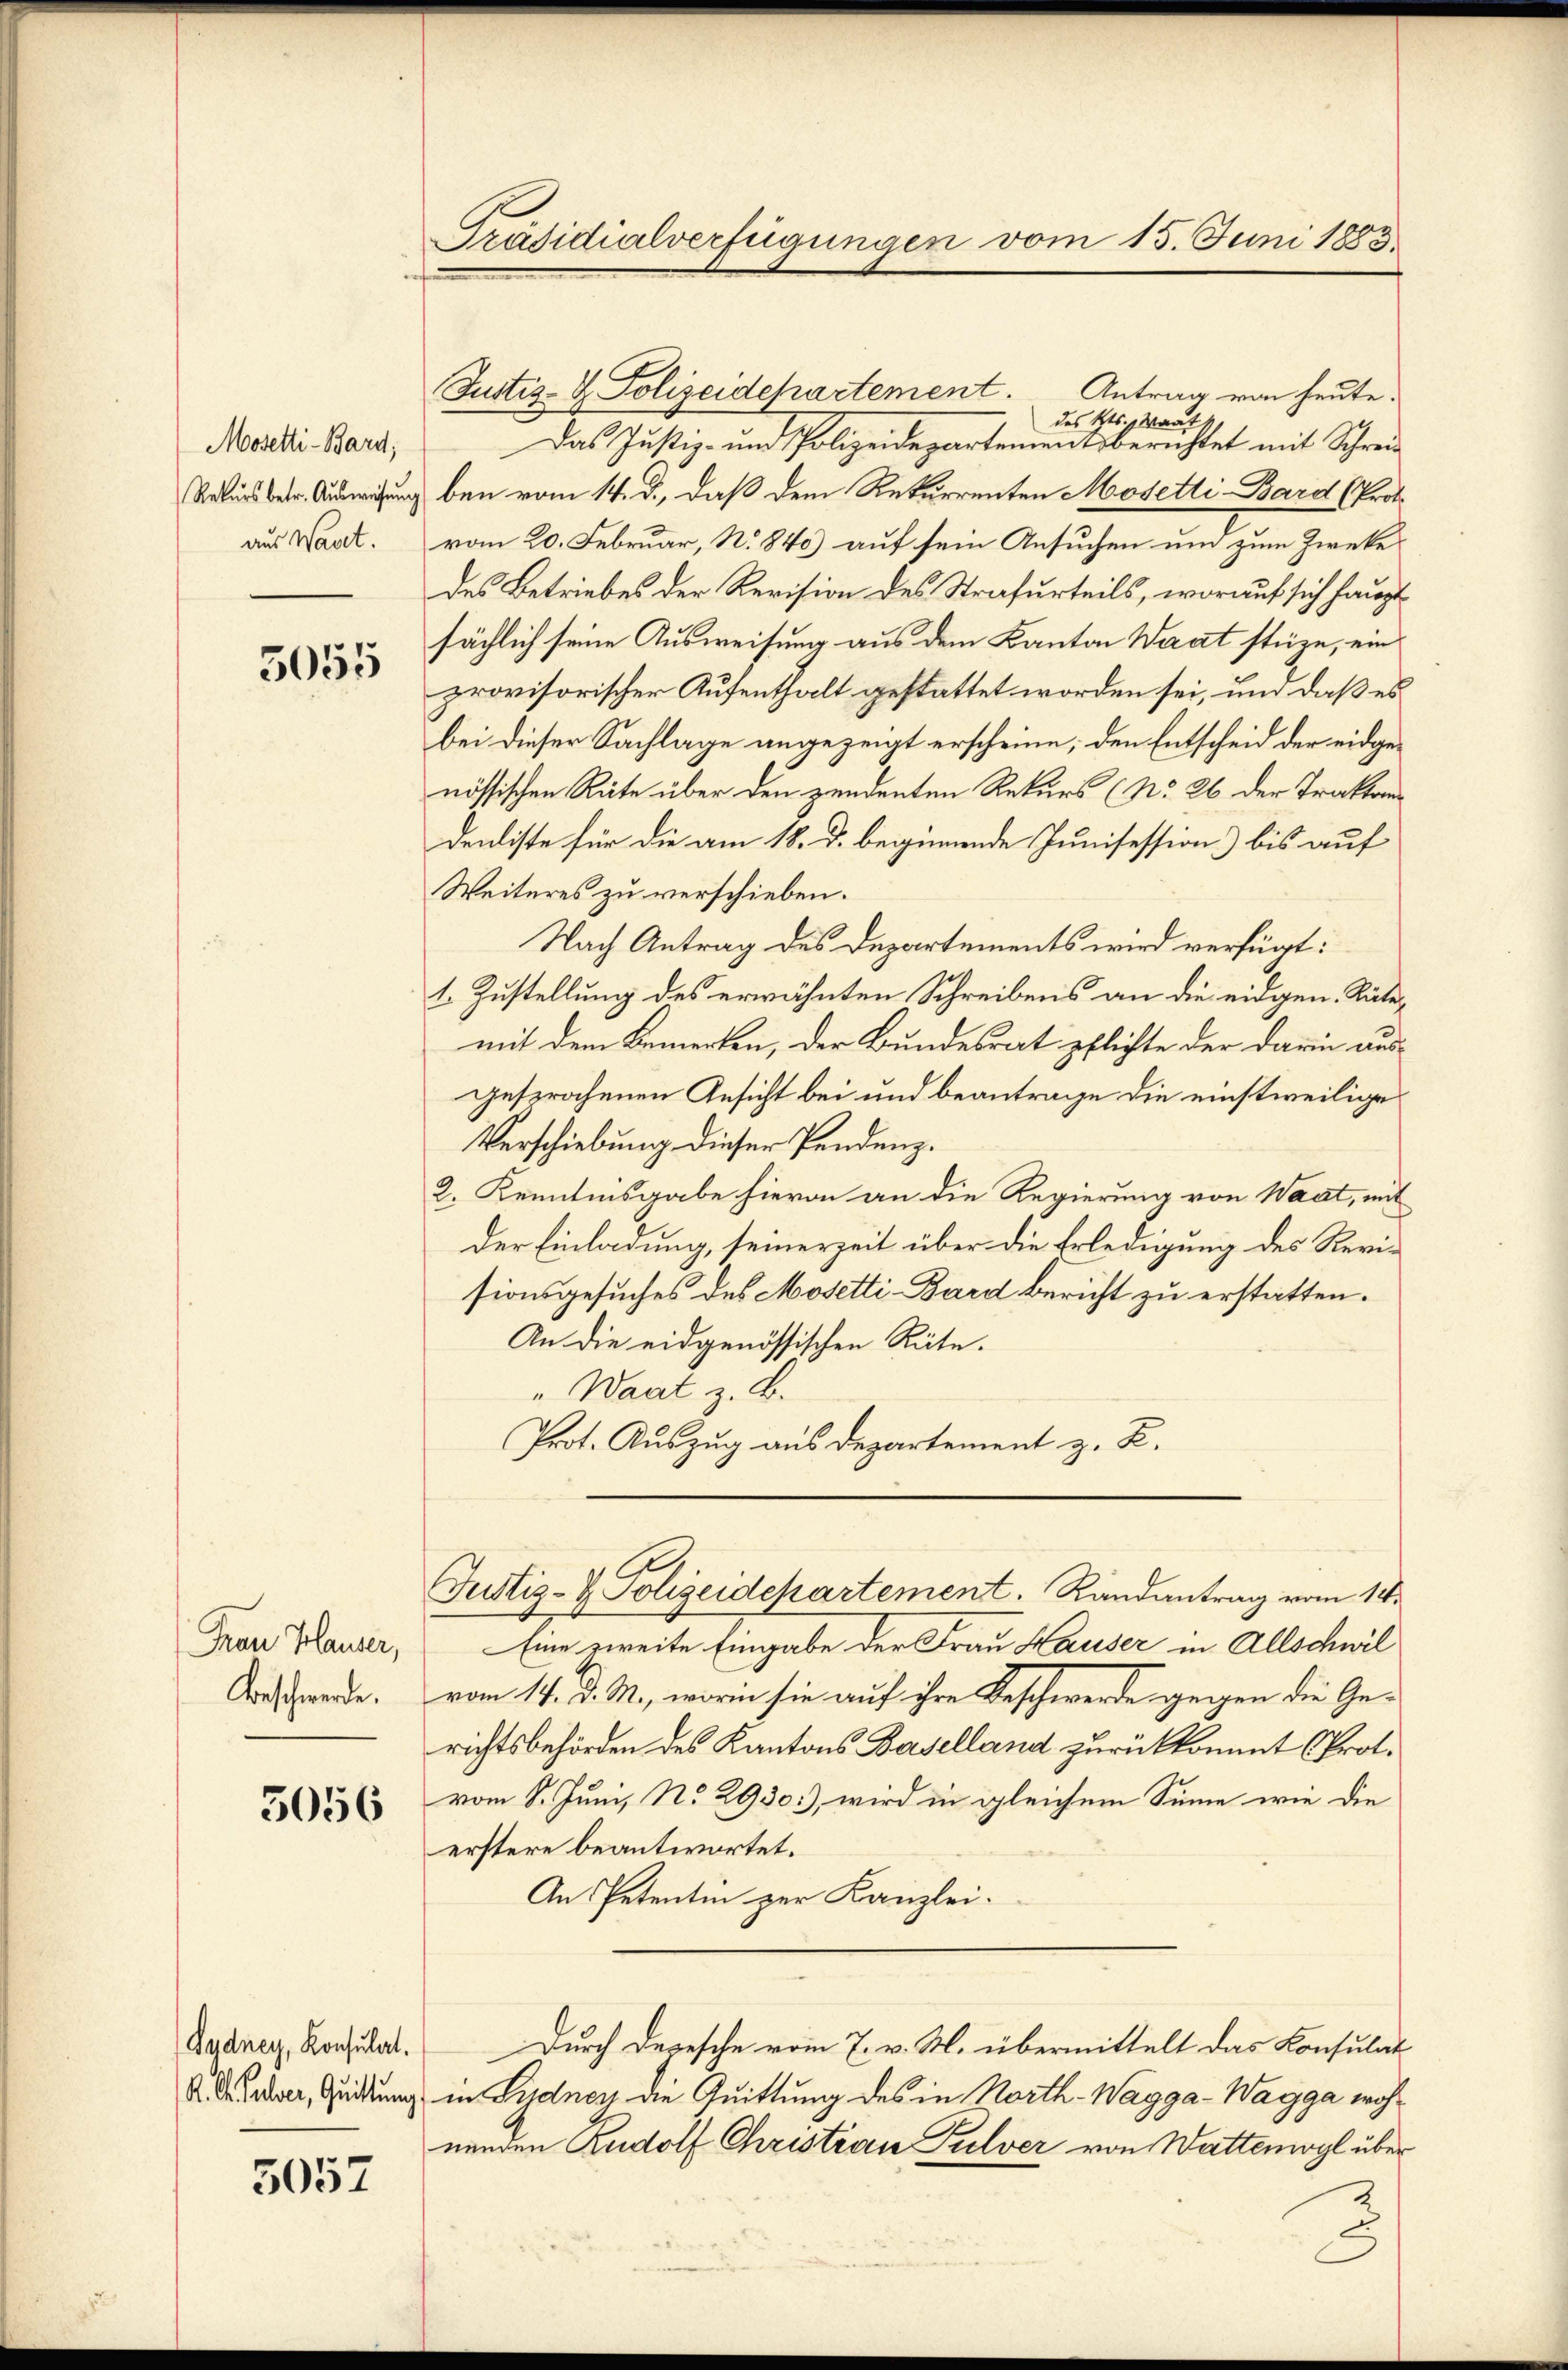
Mosetti-Bard;
Rekurs betr. Ausweisung
aus Wart.

5055

Frau Hauser,
Beschwerde.

5056

Fadney, Konsulat

5057

Präsidialverfügungen vom 15. Juni 1883

Justiz- & Polizeidepartement. Antrag von heute.
des Kts. Wart
Das Justiz- und Polizeidepartements berichtet mit Schreiben vom 14. d., daß dem Rekurrenten Mosetti-Bard (Prot.
vom 20. Februar, No. 870) auf sein Ansuchen um zum Zwecke
des Betriebes der Revision des Strafurteils, worauf sich haupt
sächlich seine Ausweisung aus dem Kanton Warat stüze, ein
provisorischer Aufenthalt gestattet worden sei, und daß es
bei dieser Sachlage angezeigt erscheine; den Entscheid der eidgenössischen Räte über den zendenten Rekurs (No. 26 der Traktan
denliste für die am 18. d. beginnende Junisession) bis auf
Weiteres zu verschieben.
Nach Antrag des Departements wird verfügt:
1. Zustellung des erwähnten Schreibens an die eidgen. Rätemit dem Bemerken, der Bundesrat pflichte der darin ausgesprochenen Ansicht bei und beantrage die einstweilige
Verschiebung dieser Pendenz.
2. Kenntnisgabe hievon an die Regierung von Waat, mit
Der Einladung, seinerzeit über die Erledigung des Revisionsgesuches des Mosetti-Bard bericht zu erstatten.
An die eidgenössischen Rüte.
"Waat z. B.
Prot. Auszug aus Departement z. B.

Justiz- & Polizeidepartement. Randantrag vom 14.

Eine zweite Eingabe der Frau Hauser in Allschwil
vom 14. d. M., worin sie auf ihre Beschwerde gegen die Gerichtsbehörden des Kantons Baselland zurückkommt (Prot.
vom 8. Juni, No 2930), wird in gleichem Sinne wie die
erstere beantwortet.
An Petentin zur Kanzlei.
Durch Depesche vom 7. v. M. übermittelt das Konsulat
 Daver, Geltung in Sydnen die Quittung des in North-Wagga-Wagga wohnenden Rudolf Christian Pulver von Wattenwyl über